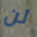
لن